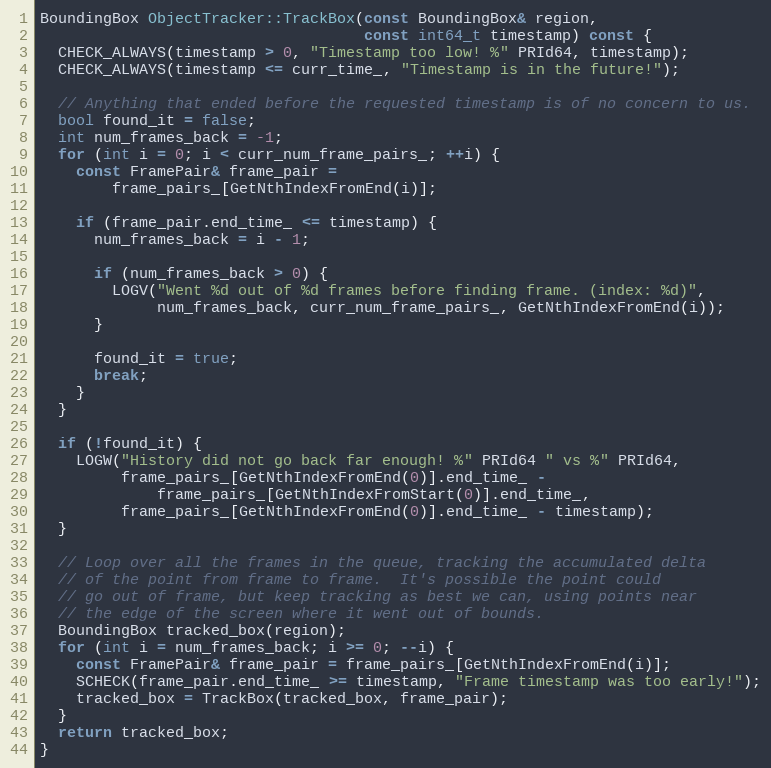
Language: C++
BoundingBox ObjectTracker::TrackBox(const BoundingBox& region,
                                    const int64_t timestamp) const {
  CHECK_ALWAYS(timestamp > 0, "Timestamp too low! %" PRId64, timestamp);
  CHECK_ALWAYS(timestamp <= curr_time_, "Timestamp is in the future!");

  // Anything that ended before the requested timestamp is of no concern to us.
  bool found_it = false;
  int num_frames_back = -1;
  for (int i = 0; i < curr_num_frame_pairs_; ++i) {
    const FramePair& frame_pair =
        frame_pairs_[GetNthIndexFromEnd(i)];

    if (frame_pair.end_time_ <= timestamp) {
      num_frames_back = i - 1;

      if (num_frames_back > 0) {
        LOGV("Went %d out of %d frames before finding frame. (index: %d)",
             num_frames_back, curr_num_frame_pairs_, GetNthIndexFromEnd(i));
      }

      found_it = true;
      break;
    }
  }

  if (!found_it) {
    LOGW("History did not go back far enough! %" PRId64 " vs %" PRId64,
         frame_pairs_[GetNthIndexFromEnd(0)].end_time_ -
             frame_pairs_[GetNthIndexFromStart(0)].end_time_,
         frame_pairs_[GetNthIndexFromEnd(0)].end_time_ - timestamp);
  }

  // Loop over all the frames in the queue, tracking the accumulated delta
  // of the point from frame to frame.  It's possible the point could
  // go out of frame, but keep tracking as best we can, using points near
  // the edge of the screen where it went out of bounds.
  BoundingBox tracked_box(region);
  for (int i = num_frames_back; i >= 0; --i) {
    const FramePair& frame_pair = frame_pairs_[GetNthIndexFromEnd(i)];
    SCHECK(frame_pair.end_time_ >= timestamp, "Frame timestamp was too early!");
    tracked_box = TrackBox(tracked_box, frame_pair);
  }
  return tracked_box;
}